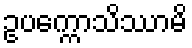
ဥပက္ကောသိဿာမိ